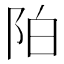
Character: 𲉌